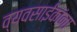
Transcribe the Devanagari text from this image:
व्यवसाईकांना